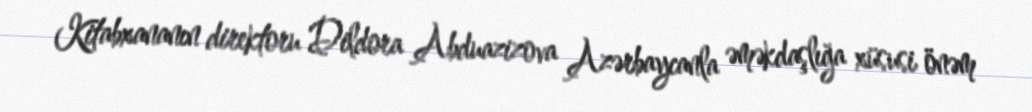
Kitabxananın direktoru Dildora Abduazizova Azərbaycanla əməkdaşlığa xüsusi önəm